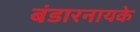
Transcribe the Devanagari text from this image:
बंडारनायके